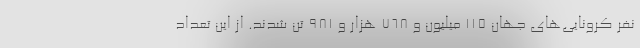
نفر کرونایی‌های جهان 115 میلیون و 768 هزار و 981 تن شدند. از این تعداد